Report on horse surra - Volume II, Part I
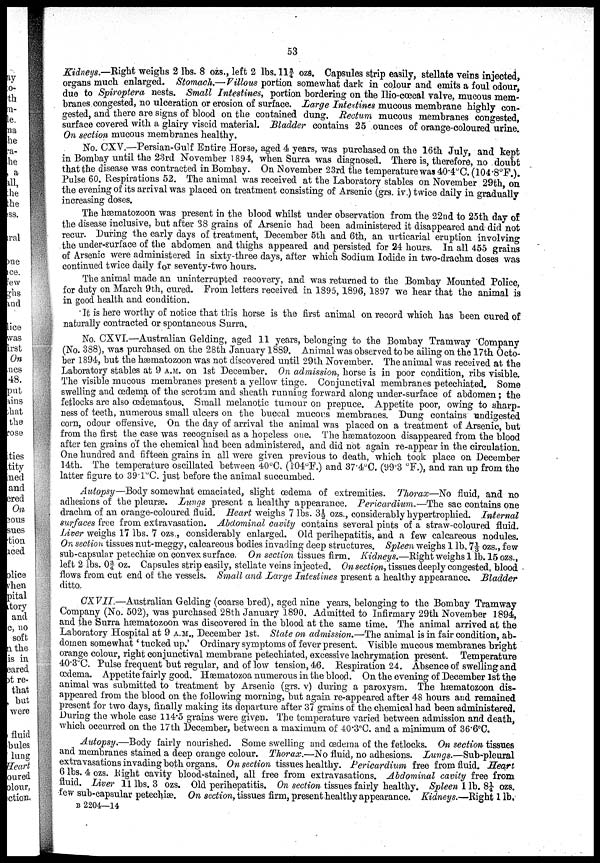
53
Kidneys.—Right weighs 2 lbs. 8 ozs., left 2 lbs. 11¾ ozs. Capsules strip easily, stellate veins injected,
organs much enlarged. Stomach.— Villous portion somewhat dark in colour and emits a foul odour,
due to Spiroptera nests. Small Intestines, portion bordering on the Ilio-cœcal valve, mucous mem-
branes congested, no ulceration or erosion of surface. Large Intestines mucous membrane highly con-
gested, and there are signs of blood on the contained dung. Rectum mucous membranes congested,
surface covered with a glairy viscid material. Bladder contains 25 ounces of orange-coloured urine.
On section mucous membranes healthy.
No. CXV.—Persian-Gulf Entire Horse, aged 4 years, was purchased on the 16th July, and kept
in Bombay until the 23rd November 1894, when Surra was diagnosed. There is, therefore, no doubt
that the disease was contracted in Bombay. On November 23rd the temperature was 40.4°C. (104.8°F.).
Pulse 60. Respirations 52. The animal was received at the Laboratory stables on November 29th, on
the evening of its arrival was placed on treatment consisting of Arsenic (grs. iv.) twice daily in gradually
increasing doses.
The hæmatozoon was present in the blood whilst under observation from the 22nd to 25th day of
the disease inclusive, but after 38 grains of Arsenic had been administered it disappeared and did not
recur. During the early days of treatment, December 5th and 6th, an urticarial eruption involving
the under-surface of the abdomen and thighs appeared and persisted for 24 hours. In all 455 grains
of Arsenic were administered in sixty-three days, after which Sodium Iodide in two-drachm doses was
continued twice daily for seventy-two hours.
The animal made an uninterrupted recovery, and was returned to the Bombay Mounted Police,
for duty on March 9th, cured. From letters received in 1895, 1896, 1897 we hear that the animal is
in good health and condition.
It is here worthy of notice that this horse is the first animal on record which has been cured of
naturally contracted or spontaneous Surra.
No. CXVI.—Australian Gelding, aged 11 years, belonging to the Bombay Tramway Company
(No. 388), was purchased on the 28th January 1889. Animal was observed to be ailing on the 17th Octo-
ber 1894, but the hæmatozoon was not discovered until 29th November. The animal was received at the
Laboratory stables at 9 A.M. on 1st December. On admission, horse is in poor condition, ribs visible.
The visible mucous membranes present a yellow tinge. Conjunctival membranes petechiated. Some
swelling and œdema of the scrotum and sheath running forward along under-surface of abdomen; the
fetlocks are also œdematous. Small melanotic tumour on prepuce. Appetite poor, owing to sharp-
ness of teeth, numerous small ulcers on the buccal mucous membranes. Dung contains undigested
corn, odour offensive. On the day of arrival the animal was placed on a treatment of Arsenic, but
from the first the case was recognised as a hopeless one. The hæmatozoon disappeared from the blood
after ten grains of the chemical had been administered, and did not again re-appear in the circulation.
One hundred and fifteen grains in all were given previous to death, which took place on December
14th. The temperature oscillated between 40°C. (104°F.) and 37.4°C. (99.3°F.), and ran up from the
latter figure to 39.1°C. just before the animal succumbed.
Autopsy—Body somewhat emaciated, slight œdema of extremities. Thorax—No fluid, and no
adhesions of the pleuræ. Lungs present a healthy appearance. Pericardium.—The sac contains one
drachm of an orange-coloured fluid. Heart weighs 7 lbs. 3½ ozs., considerably hypertrophied. Internal
surfaces free from extravasation. Abdominal cavity contains several pints of a straw-coloured fluid.
Liver weighs 17 lbs. 7 ozs., considerably enlarged. Old perihepatitis, and a few calcareous nodules.
On section tissues nut-meggy, calcareous bodies invading deep structures. Spleen weighs 1 lb. 71/3 ozs., few
sub-capsular petechiæ on convex surface. On section tissues firm. Kidneys.—Right weighs 1 lb. 15 ozs.,
left 2 lbs. 0¾ oz. Capsules strip easily, stellate veins injected. On section, tissues deeply congested, blood
flows from cut end of the vessels. Small and Large Intestines present a healthy appearance. Bladder
ditto.
CXVII.—Australian Gelding (coarse bred), aged nine years, belonging to the Bombay Tramway
Company (No. 502), was purchased 28th January 1890. Admitted to Infirmary 29th November 1894,
and the Surra hæmatozoon was discovered in the blood at the same time. The animal arrived at the
Laboratory Hospital at 9 A.M., December 1st. State on admission.—The animal is in fair condition, ab-
domen somewhat 'tucked up.' Ordinary symptoms of fever present. Visible mucous membranes bright
orange colour, right conjunctival membrane petechiated, excessive lachrymation present. Temperature
40.3°C. Pulse frequent but regular, and of low tension, 46. Respiration 24. Absence of swelling and
œdema. Appetite fairly good. Hæmatozoa numerous in the blood. On the evening of December 1st the
animal was submitted to treatment by Arsenic (grs. v) during a paroxysm. The hæmatozoon dis-
appeared from the blood on the following morning, but again re-appeared after 48 hours and remained
present for two days, finally making its departure after 37 grains of the chemical had been administered.
During the whole case 114.5 grains were given. The temperature varied between admission and death,
which occurred on the 17th December, between a maximum of 40.3°C. and a minimum of 36.6°C.
Autopsy.—Body fairly nourished. Some swelling and œdema of the fetlocks. On section tissues
and membranes stained a deep orange colour. Thorax.—No fluid, no adhesions. Lungs.—Sub-pleural
extravasations invading both organs. On section tissues healthy. Pericardium free from fluid. Heart
6 lbs. 4 ozs. Right cavity blood-stained, all free from extravasations. Abdominal cavity free from
fluid. Liver 11 lbs. 3 ozs. Old perihepatitis. On section tissues fairly healthy. Spleen 1 lb. 8¼ ozs.
few sub-capsular petechiæ. On section, tissues firm, present healthy appearance. Kidneys.—Right 1 lb.
B 2204—14